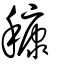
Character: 穅